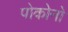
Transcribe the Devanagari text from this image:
पोकोनो